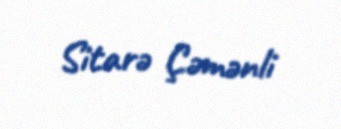
Sitarə Çəmənli